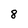
Character: 8